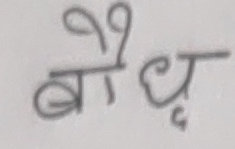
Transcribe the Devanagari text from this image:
बौद्ध